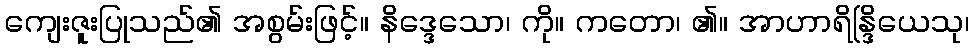
ကျေးဇူးပြုသည်၏ အစွမ်းဖြင့်။ နိဒ္ဒေသော၊ ကို။ ကတော၊ ၏။ အာဟာရိန္ဒြိယေသု၊